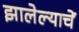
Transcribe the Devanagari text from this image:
झालेल्याचें